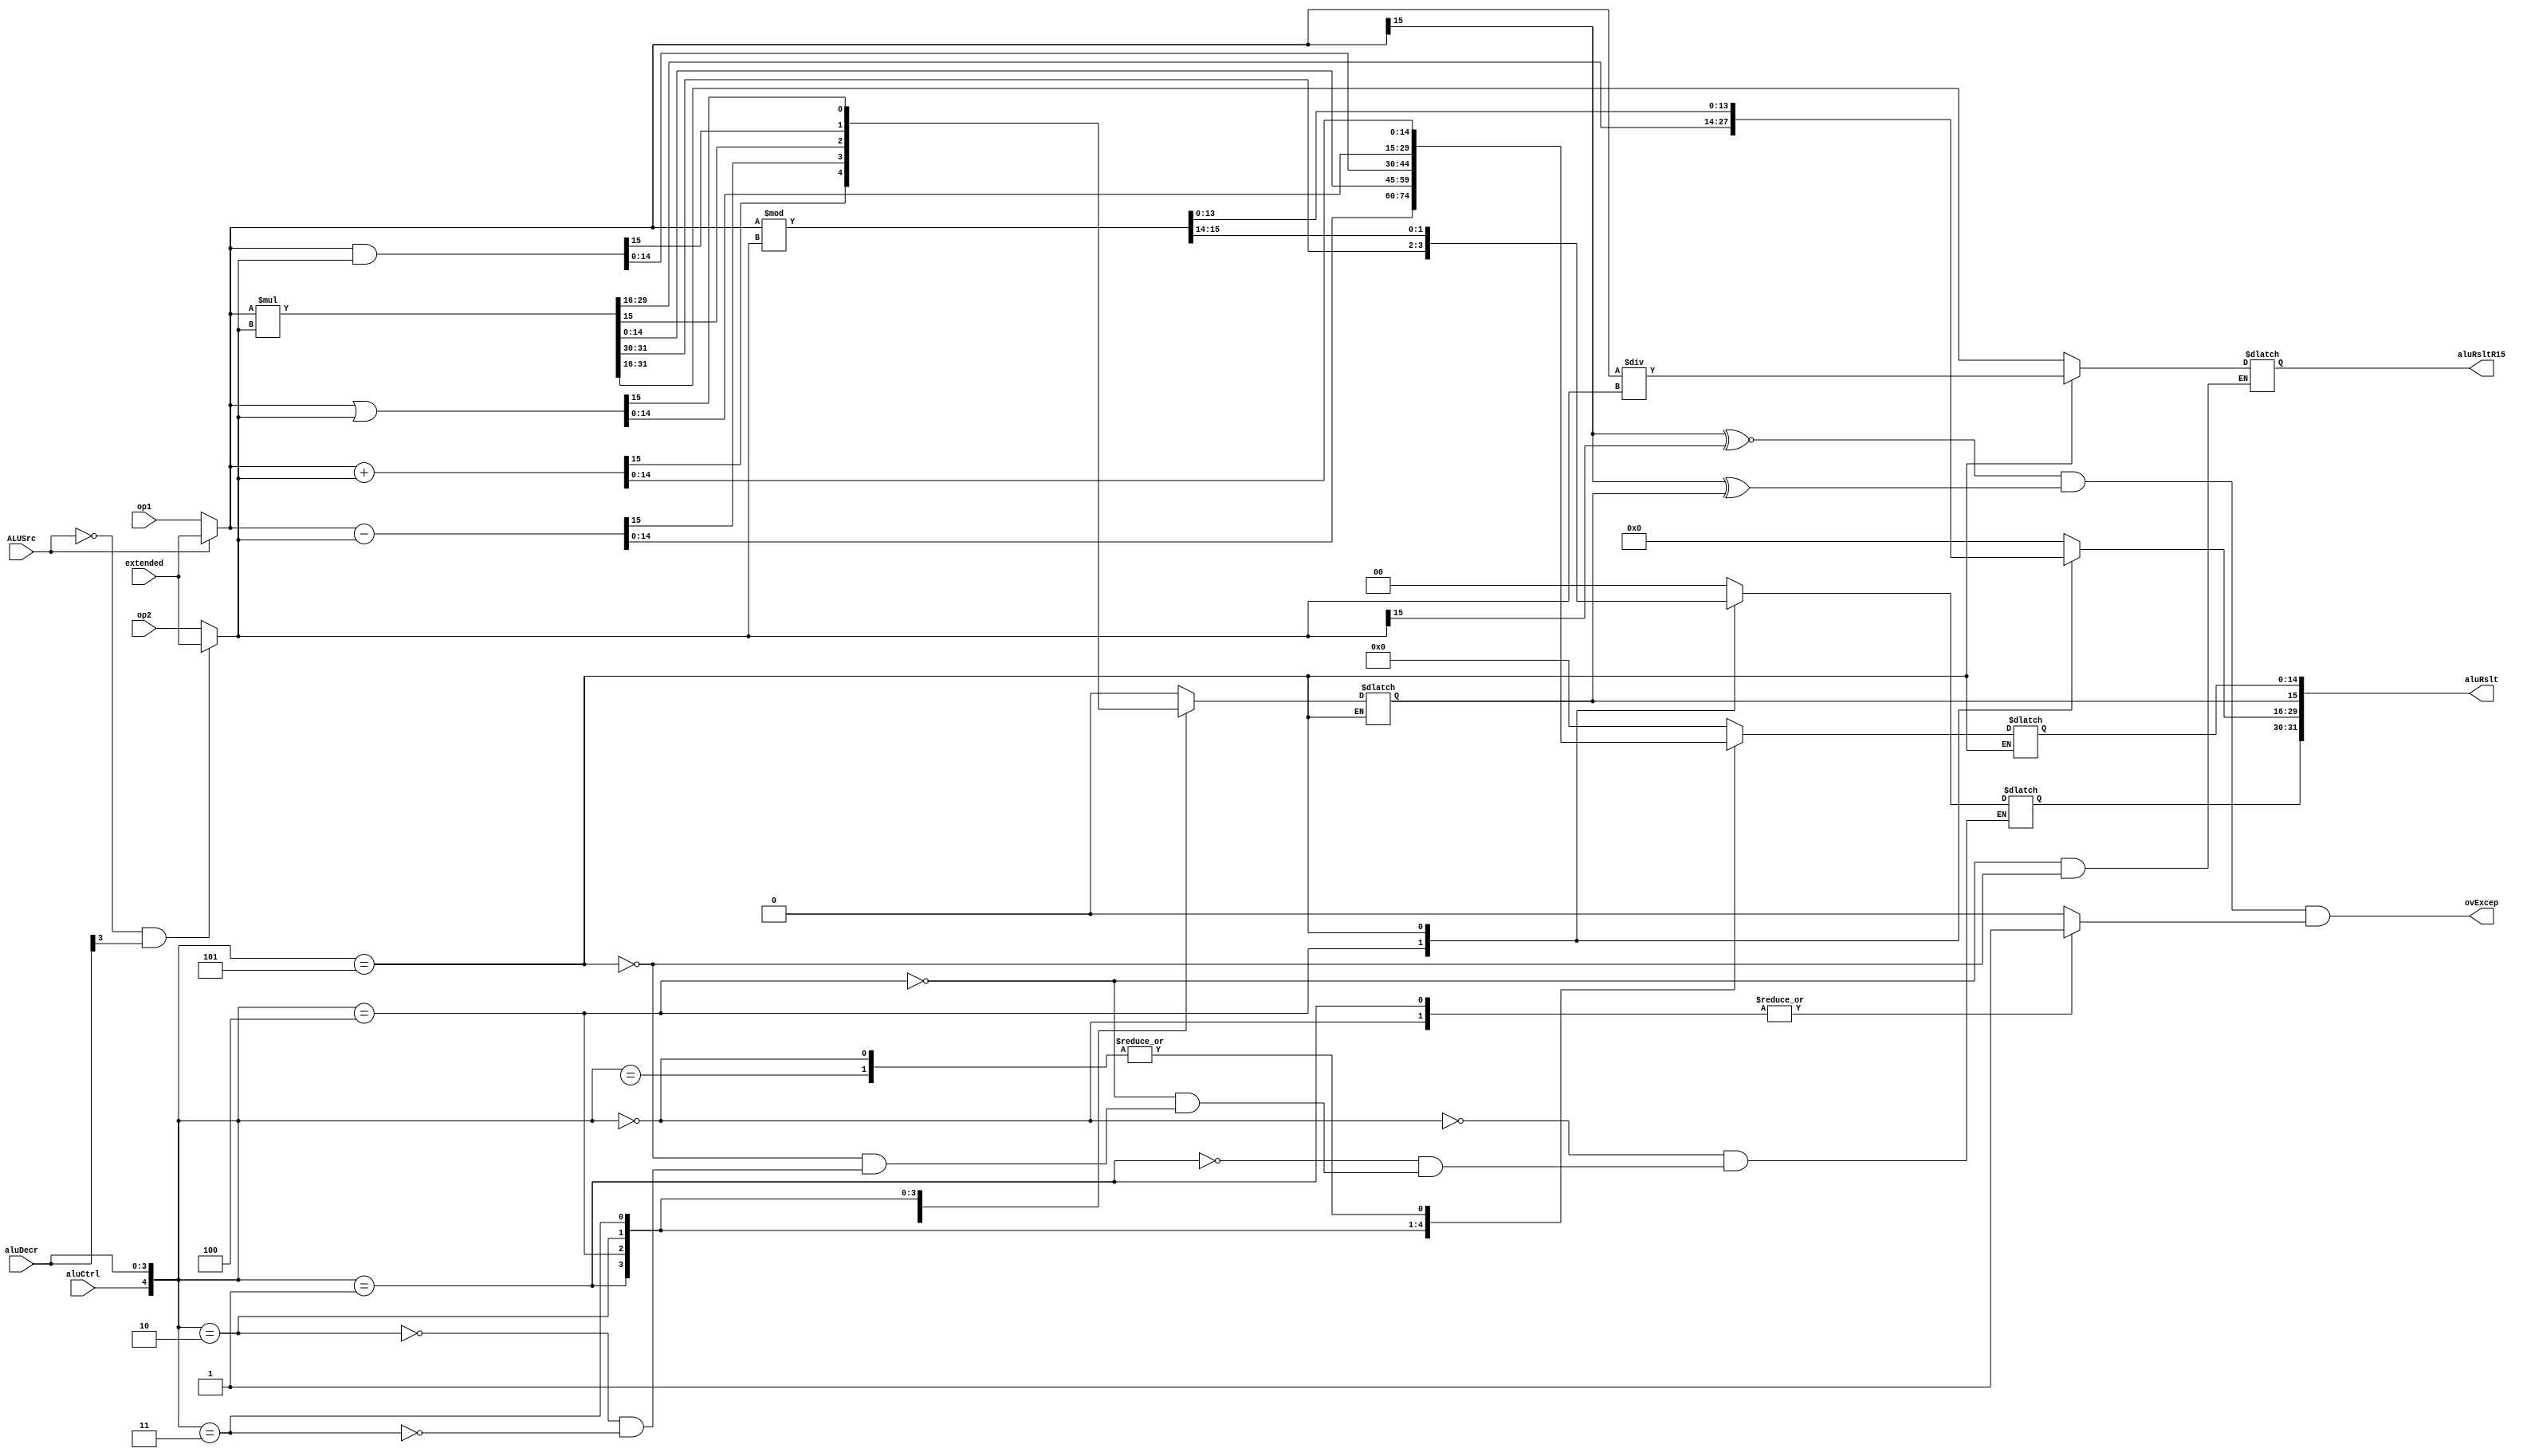
/* The Arithmetic Logic Unit (ALU) performs all the processes related to arithmetic and bitwise operations on integer binary numbers,
   on instruction words in this case. The ALU is what essentially makes the datapath work, it calculates the result for Type-A 
   instructions and also some of the Type-C instructions, where the use of the sign-extended (extended) value is done from the
   sign-extend module (signExtend.v).
*/
module alu(op1,op2,extended,aluDecr,ALUSrc,aluCtrl,aluRslt, aluRsltR15, ovExcep);
	// Input Ports
	input ALUSrc,aluCtrl;
	input [15:0] op1;
	input [15:0] op2;
	input [15:0] extended;
	input [3:0] aluDecr;
	// Output ports
	output reg [31:0] aluRslt;
	output reg [15:0] aluRsltR15;
	output wire  ovExcep;
	// Variables
	reg ovFlowSE;
	wire ovFlow;
	wire [15:0] aluOp1;
	wire [15:0] aluOp2;

	assign aluOp1 = ALUSrc ? extended:op1;
	assign aluOp2 =! ALUSrc && aluDecr[3] ? extended:op2;
	assign ovExcep = ovFlow && ovFlowSE;
	assign ovFlow = ((aluOp1[15]^~aluOp2[15])&&(aluOp1[15]^aluRslt[15]));

	always@(*)
	begin
		case({aluCtrl,aluDecr})
			5'b00000:	// Signed Addition, op1 = op1 + op2
			begin
				aluRslt[31:16]={16{1'b0}};
				aluRslt[15:0]=aluOp1+aluOp2;
				ovFlowSE=1'b1;
			end
			5'b00001:	// Signed Subtraction, op1 = op1 - op2
			begin
				aluRslt[31:16]={16{1'b0}};
				aluRslt[15:0]=aluOp1-aluOp2;
				ovFlowSE=1'b1;
			end
			5'b00100:	// Signed Multiplication, op1 = op1 * op2, op1 != R15
			begin
				aluRslt[31:0]=aluOp1*aluOp2;
				aluRsltR15[15:0]=aluRslt[31:16];
				ovFlowSE=1'b0;
			end
			5'b00101:	// Signed Division, op1 = op1 / op2, op1 != R15
			begin
				aluRslt[31:16]=aluOp1%aluOp2;
				aluRsltR15[15:0]=aluOp1/aluOp2;
				ovFlowSE=1'b0;
			end
			5'b00010: // AND Immediate, op1 = op1 & {8b0, constant}
			begin
				aluRslt[31:16]={16{1'b0}};
				aluRslt[15:0]=aluOp1&aluOp2;
				ovFlowSE=1'b0;
			end
			5'b00011: // OR Immediate, op1 = op1 | {8b0, constant}
			begin
				aluRslt[31:16]={16{1'b0}};
				aluRslt[15:0]=aluOp1|aluOp2;
				ovFlowSE=1'b0;
			end
			5'b1xxxx:	
			begin
				aluRslt[(2*15)-1:15]={15{1'b0}};
				aluRslt[15-1:0]=aluOp1 + aluOp2;
				ovFlowSE=1'b0;
			end
			default:
			begin
				aluRslt[(2*15)-1:0]={2*15{1'b0}};
				ovFlowSE=1'b0;
			end
		endcase
	end
endmodule